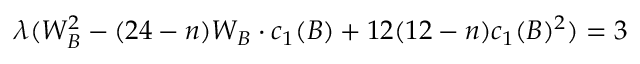
\lambda ( W _ { B } ^ { 2 } - ( 2 4 - n ) W _ { B } \cdot c _ { 1 } ( B ) + 1 2 ( 1 2 - n ) c _ { 1 } ( B ) ^ { 2 } ) = 3